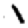
Digit: 1